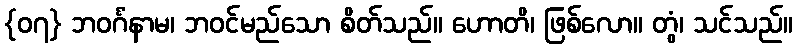
{၀၇} ဘဝင်္ဂံနာမ၊ ဘဝင်မည်သော စိတ်သည်။ ဟောတိ၊ ဖြစ်လော။ တွံ၊ သင်သည်။